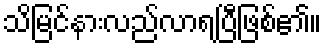
သိမြင်နားလည်လာရပြီဖြစ်၏။